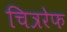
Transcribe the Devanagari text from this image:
चित्ररेफ